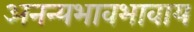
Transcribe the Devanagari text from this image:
अनन्यभावभावाय